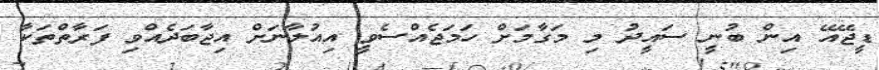
ޑީޖޭއޭ އިން ބުނީ ސައީދު މި މަގާމަށް ހަމަޖެއްސެވީ އިއުލާނަށް އިޖާބަދެއްވި ފަރާތްތަކާ